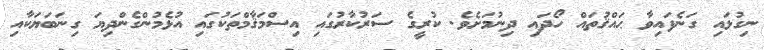
ނިގުޅައި ގަނެފައިވާ ޙައްޤުތައް ހޯދައި ދިނުމަށެވެ. ކުރީގެ ސަރުކާރުގައި އިސްމަޤާމްތަކުގައި އުޅެމުންގެންދިޔަ ގިނަބަޔަކާއި